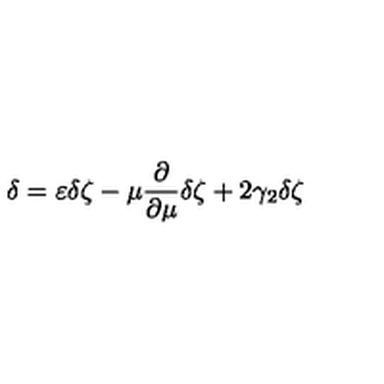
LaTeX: \delta = \varepsilon \delta \zeta - \mu \frac { \partial } { \partial \mu } \delta \zeta + 2 \gamma _ { 2 } \delta \zeta